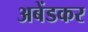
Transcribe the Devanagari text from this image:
अबेंडकर